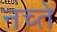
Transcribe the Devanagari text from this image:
नच्ते